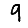
Digit: 9